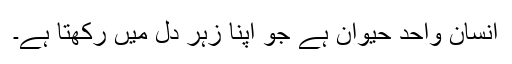
انسان واحد حیوان ہے جو اپنا زہر دل میں رکھتا ہے۔